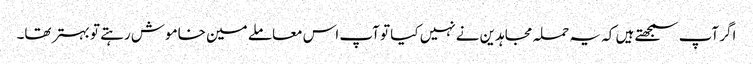
اگر آپ سمجھتے ہیں کہ یہ حملہ مجاہدین نے نہیں کیا تو آپ اس معاملے مین خاموش رہتے تو بہتر تھا۔